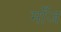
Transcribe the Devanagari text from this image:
माँज